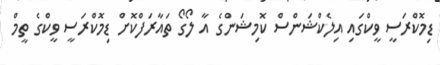
ޑިމޮކްރަސީ ވީކްގައި އިލެކްޝަންސް ކޮމިޝަންގެ އާ ލޯގޯ ތައާރަފްކޮށް ޑިމޮކްރަސީ ވީކްގެ ތީމް